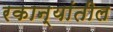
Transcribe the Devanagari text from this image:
रकान्यांतील